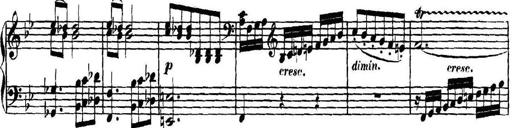
Title: Collected Piano Sonatas
Composer: Muzio Clementi